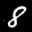
Label: 8